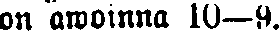
on awoinna 10—9.